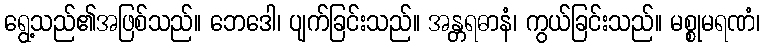
ရွေ့သည်၏အဖြစ်သည်။ ဘေဒေါ၊ ပျက်ခြင်းသည်။ အန္တရဓာနံ၊ ကွယ်ခြင်းသည်။ မစ္စုမရဏံ၊